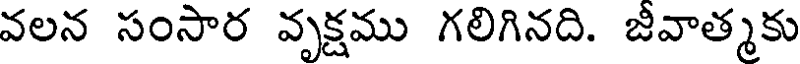
వలన సంసార వృక్షము గలిగినది. జీవాత్మకు